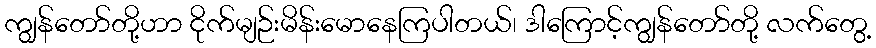
ကျွန်တော်တို့ဟာ ငိုက်မျဉ်းမိန်းမောနေကြပါတယ်၊ ဒါကြောင့်ကျွန်တော်တို့ လက်တွေ့